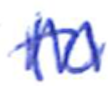
Text: to
Cross-out: zig-zag
Writing tool: ballpoint